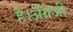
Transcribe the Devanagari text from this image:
है।अँग्रेजी